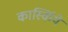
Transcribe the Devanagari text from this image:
कार्स्किये